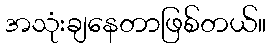
အသုံးချနေတာဖြစ်တယ်။